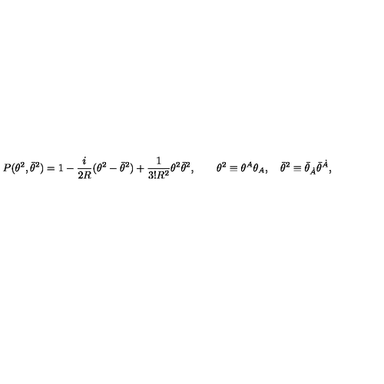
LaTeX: P ( \theta ^ { 2 } , \bar { \theta } ^ { 2 } ) = 1 - { \frac { i } { 2 R } } ( \theta ^ { 2 } - \bar { \theta } ^ { 2 } ) + { \frac { 1 } { 3 ! R ^ { 2 } } } \theta ^ { 2 } \bar { \theta } ^ { 2 } , \qquad \theta ^ { 2 } \equiv \theta ^ { A } \theta _ { A } , \quad \bar { \theta } ^ { 2 } \equiv \bar { \theta } _ { \dot { A } } \bar { \theta } ^ { \dot { A } } ,